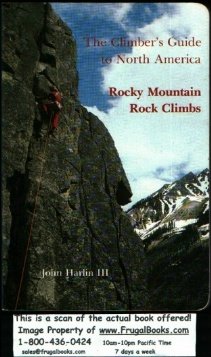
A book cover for Rocky Mountain rock climbs (The climber's guide to North America); John Harlin; Sports & Outdoors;